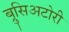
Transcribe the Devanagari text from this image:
ब्रुसिअटोरी